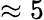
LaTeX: \approx 5